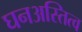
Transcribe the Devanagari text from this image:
घनअस्तित्व